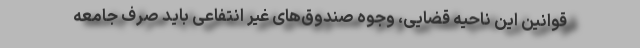
قوانین این ناحیه قضایی، وجوه صندوق‌های غیر انتفاعی باید صرف جامعه